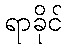
ရာခိုင်